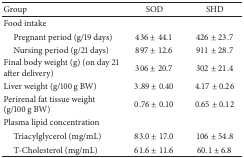
<table><thead><tr><td><b>Group</b></td><td><b> SOD</b></td><td><b>SHD</b></td></tr></thead><tbody><tr><td>Food intake </td><td> </td><td> </td></tr><tr><td> Pregnant period (g/19 days)</td><td>436 ± 44.1</td><td>426 ± 23.7</td></tr><tr><td> Nursing period (g/21 days)</td><td>897 ± 12.6</td><td>911 ± 28.7</td></tr><tr><td>Final body weight (g) (on day 21 after delivery)</td><td>306 ± 20.7</td><td>302 ± 21.4</td></tr><tr><td>Liver weight (g/100 g BW)</td><td>3.89 ± 0.40</td><td>4.17 ± 0.26</td></tr><tr><td>Perirenal fat tissue weight (g/100 g BW)</td><td>0.76 ± 0.10</td><td>0.65 ± 0.12</td></tr><tr><td>Plasma lipid concentration</td><td> </td><td> </td></tr><tr><td> Triacylglycerol (mg/mL)</td><td>83.0 ± 17.0</td><td>106 ± 54.8</td></tr><tr><td> T-Cholesterol (mg/mL)</td><td>61.6 ± 11.6</td><td>60.1 ± 6.8</td></tr></tbody></table>